Lunatic asylums Madras 1892-1911 - 1892-1911
Year: 1892
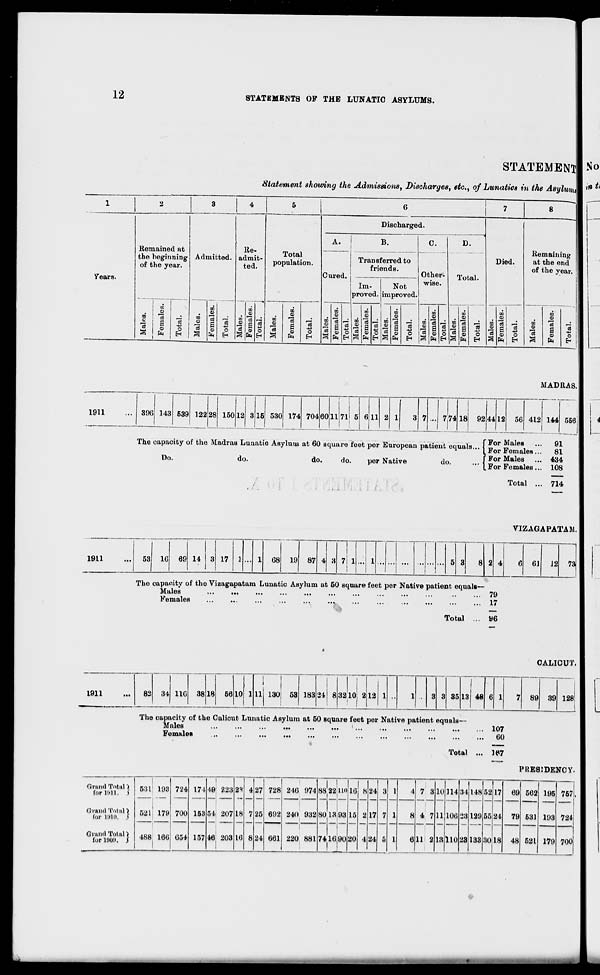
12
STATEMENTS OP THE LUNATIC ASYLUMS.
STATEMENT
Statement showing the Admissions, Discharges, etc., of Lunatics in the Asylum!
No
in t>
1
2
3
4
5
6
7
8
1
Discharged.
A.
B.
C.
D.
Remained at
lie-
Total
> ulation.
.
.._
Remaining
the beginning
of the year.
Admitted. admit-
ted.
poj
Transferred to
friends.
Died.
at the end
of the year.
Pniwl
Other-
Total.
Years.
Im-
Not
wise.
proved. improved.
00
00
•■/)
CO
00
CO
00
m
00
00
oo
0>
0)
CD
09
0)
01
CD
V
<l>
o>
0)
■a „_;
oo
ert _; 00 I _j oo Is • oo s 5 |C8 , • w 3
oo 3
00 "ffl
^ 00 "3 _JJ
00
a ,_:
c
a 03 CD S
CD
1 CD S a
4a
o a d •Si c3 CD a 03
4a
CD
a d 01 a SB 01 a S3 CD
"3 a e3
43
CD
O
0)
o
© O
V
O
rt <n O
O
CO
O
OS
CD O
0)
O
CD
O
o
O
W
fa
H
J^ fa H a h H s fa H J^ fe EH |S fa EH 3 CM EH S CM EH 3 fa EH a fa * a fa E-
1911
396 143 539 122 28 150 12
15 530 1.74 704 60 11 71 5 6 11
7,74 18 92 44 12
MADRAS.
56 412 144 556,
The capacity of the Madras Lunatic Asylum at 60 square feet per European patient equals...
Do.
do.
do.
do.
per Native
do.
Por Males ...
91
For Females...
81
For Males ... 434
.For Females... 108
Total ... 714
1911
53 16 69 14
17
68 19 87
7 1
VIZAGAPATA51.
The capacity of the Vizagapatara Lunatic Asylum at 50 square feet per Native patient equals—
Males
...
...
...
■••
...
...
•••
•••
•••
•••
•••
••• 79
Females
....
...
...
••• 17
Total ... 96
61 12 73
1911
82 34 11G 38 18 56 10
ill 130! 53 183 34
3210; 2 12
35 13 48
CALICUT.
89 39 128
The capacity of the Calicut Lunatic Asylum at 50 square feet per Native patient equals—
Males
...
...
...
•••
...
•••
' ...
•••
•••
•••
•••
••■ 1W
Females
...
...
...
...
...
•••
•••
•••
•••
•••
•••
••■
80
Total ... W7
PRESIDENCY.
Grand Total }
for mil. i
Grand Total)
tor 1810. $
I
531 193
521 179
724
700
171
153
157
49
51
46
223
207
203
2*H
18
16
4
7
8
27
25
24
728
692
061
246 974
240 932
220 881
| 1
88J22
8013
7416
110
93
90
16
15
20
8
2
4
24
17
24
3
7
5
1
1
1
4
8
7 3
4 7
10
11
13
114
106
110
34
23
23
148
129
133
52
55
30
17
24
18
69
79
48
562
531
521
195
193
757
724
Grand Total)
lor 1U0!». S 488 166 654
6 11 2
179 700